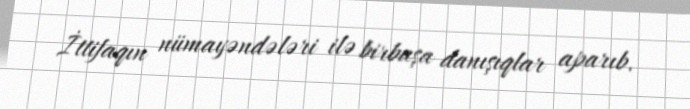
İttifaqın nümayəndələri ilə birbaşa danışıqlar aparıb.